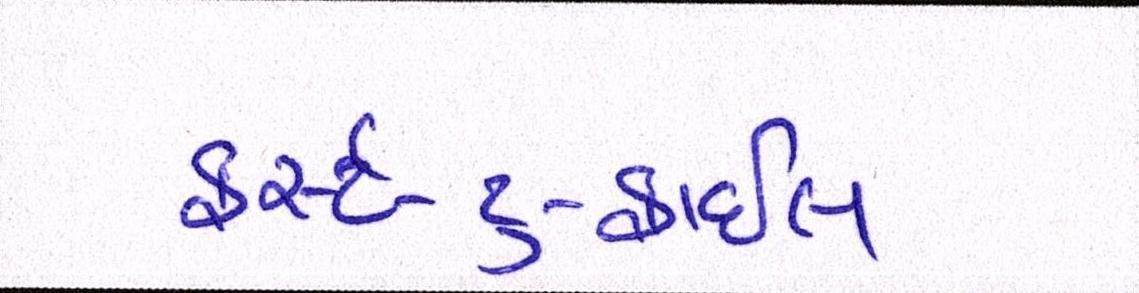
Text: ફર્સ્ટ-ટુ-ફાઇલ